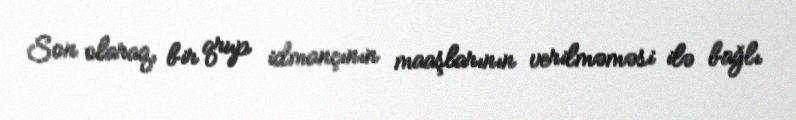
Son olaraq, bir qrup idmançının maaşlarının verilməməsi ilə bağlı